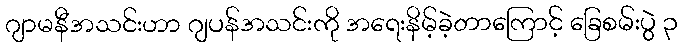
ဂျာမနီအသင်းဟာ ဂျပန်အသင်းကို အရေးနိမ့်ခဲ့တာကြောင့် ခြေစမ်းပွဲ ၃